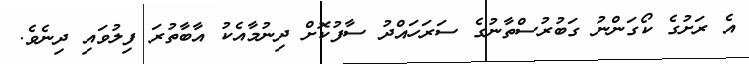
އެ ރަށުގެ ކޯގަންނު ގަބުރުސްތާނުގެ ސަރަަހައްދު ސާފުކޮށް ދިނުމާއެކު އާބާތުރަ ފިލުވައި ދިނެވެ.